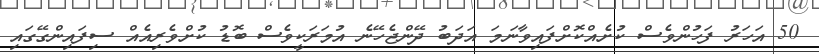
50 އަހަރު ފަހުންވެސް ކުށެއްކޮށްފައިވާނަމަ އަދަބު ދޭންޖެހޭނެ އުމަރަކީވެސް ބޮޑު ކުށްވެރިއެއް ސިފައިންގޭގައި